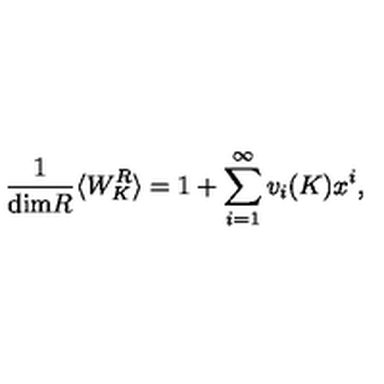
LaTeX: { \frac { 1 } { \mathrm { d i m } R } } \langle W _ { K } ^ { R } \rangle = 1 + \sum _ { i = 1 } ^ { \infty } v _ { i } ( K ) x ^ { i } ,